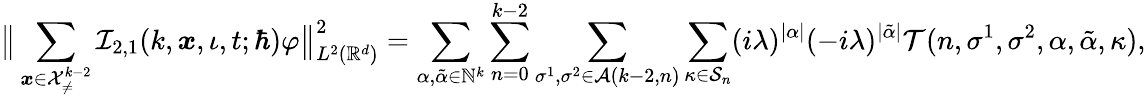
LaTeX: \big\lVert\sum_{\boldsymbol{x}\in\mathcal{X}_{\neq}^{k-2}}\mathcal{I}_{2,1}(k,\boldsymbol{x},\iota,t;\hbar)\varphi\big\rVert_{L^{2}(\mathbb{R}^{d})}^{2}=\sum_{\alpha,\tilde{\alpha}\in\mathbb{N}^{k}}\sum_{n=0}^{k-2}\sum_{\sigma^{1},\sigma^{2}\in\mathcal{A}(k-2,n)}\sum_{\kappa\in\mathcal{S}_{n}}(i\lambda)^{|\alpha|}(-i\lambda)^{|\tilde{\alpha}|}\mathcal{T}(n,\sigma^{1},\sigma^{2},\alpha,\tilde{\alpha},\kappa),